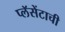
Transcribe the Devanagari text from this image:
प्लॅसेंटाची